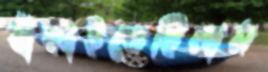
বাঁকাইতেছিলাম